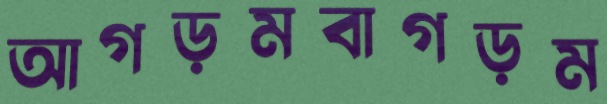
আগড়মবাগড়ম